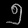
Digit: ၅